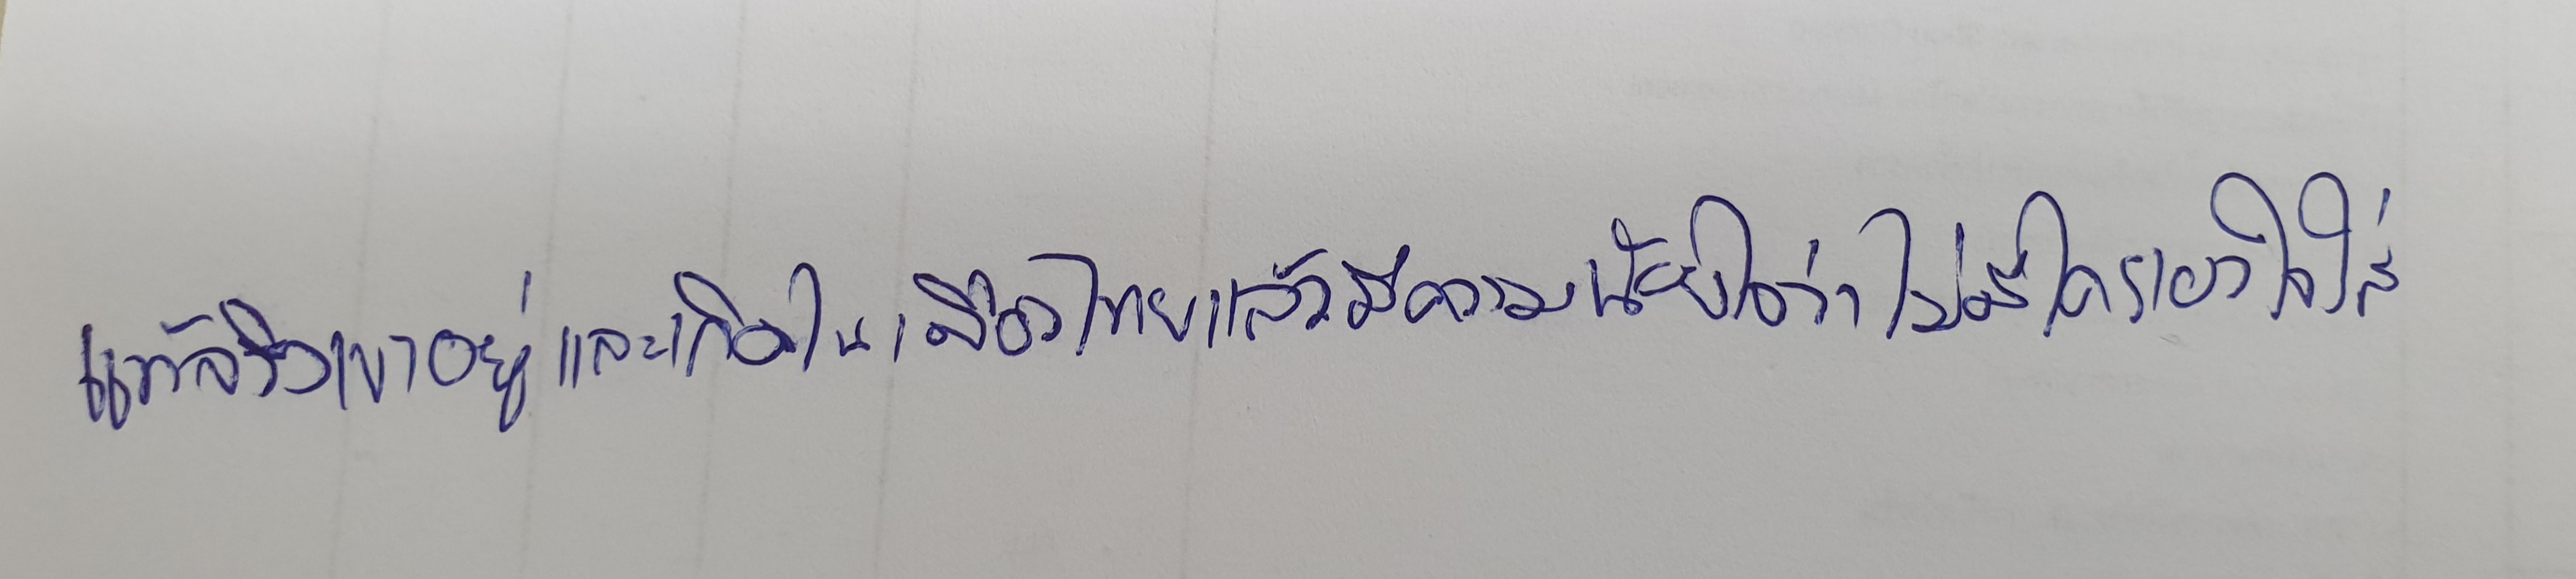
แท้จริงเขาอยู่และเกิดในเมืองไทยแล้วมีความน้อยใจว่าไม่มีใครเอาใจใส่